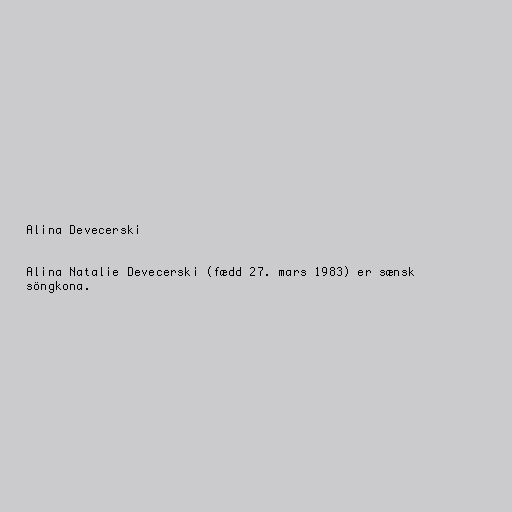
Alina Devecerski

Alina Natalie Devecerski (fædd 27. mars 1983) er sænsk
söngkona.